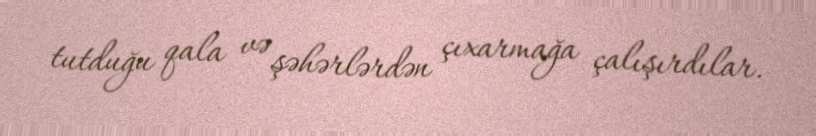
tutduğu qala və şəhərlərdən çıxarmağa çalışırdılar.